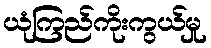
ယုံကြည်ကိုးကွယ်မှု